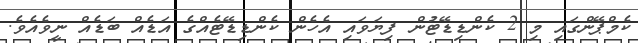
ކެމްޕޭންގައި މި 2 ކެންޑިޑޭޓުން ފިޔަވައި އެހެން ކެންޑިޑޭޓެއްގެ އަޑެއް ބަޑެއް ނީވެއެވެ.